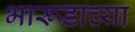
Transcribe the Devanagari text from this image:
भारूडाच्या